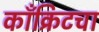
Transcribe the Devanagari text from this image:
काँक्रिटचा